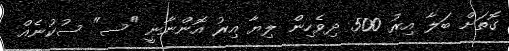
ގޮތަށް ބަލާ އިރު 500 ދިވެހިން ލިޔާ އިރު އޮންނާނީ "ސ" ސުކުނެއް